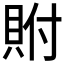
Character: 𮙼